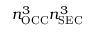
n _ { \mathrm { O C C } } ^ { 3 } n _ { \mathrm { S E C } } ^ { 3 }